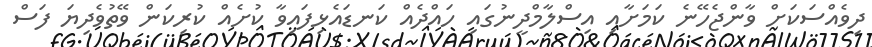
ދިވެއްސަކަށް ވާންޖެހޭނެ ކަމަށާއި އިސްލާމްދީނުގައި ހައްދެއް ކަނޑައެޅިފައިވާ ކުށެއް ކުރިކަން ވޭތުވެދިޔަ ފަސް